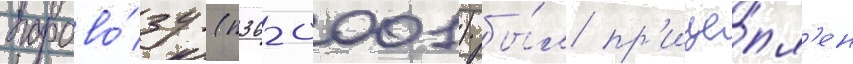
парово́зу (п36-0001) бы́л пр'ице́пл'ен